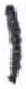
אות: ו